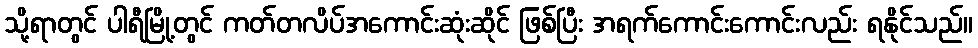
သို့ရာတွင် ပါရီမြို့တွင် ကတ်တလိပ်အကောင်းဆုံးဆိုင် ဖြစ်ပြီး အရက်ကောင်းကောင်းလည်း ရနိုင်သည်။